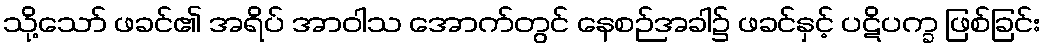
သို့သော် ဖခင်၏ အရိပ် အာဝါသ အောက်တွင် နေစဉ်အခါ၌ ဖခင်နှင့် ပဋိပက္ခ ဖြစ်ခြင်း